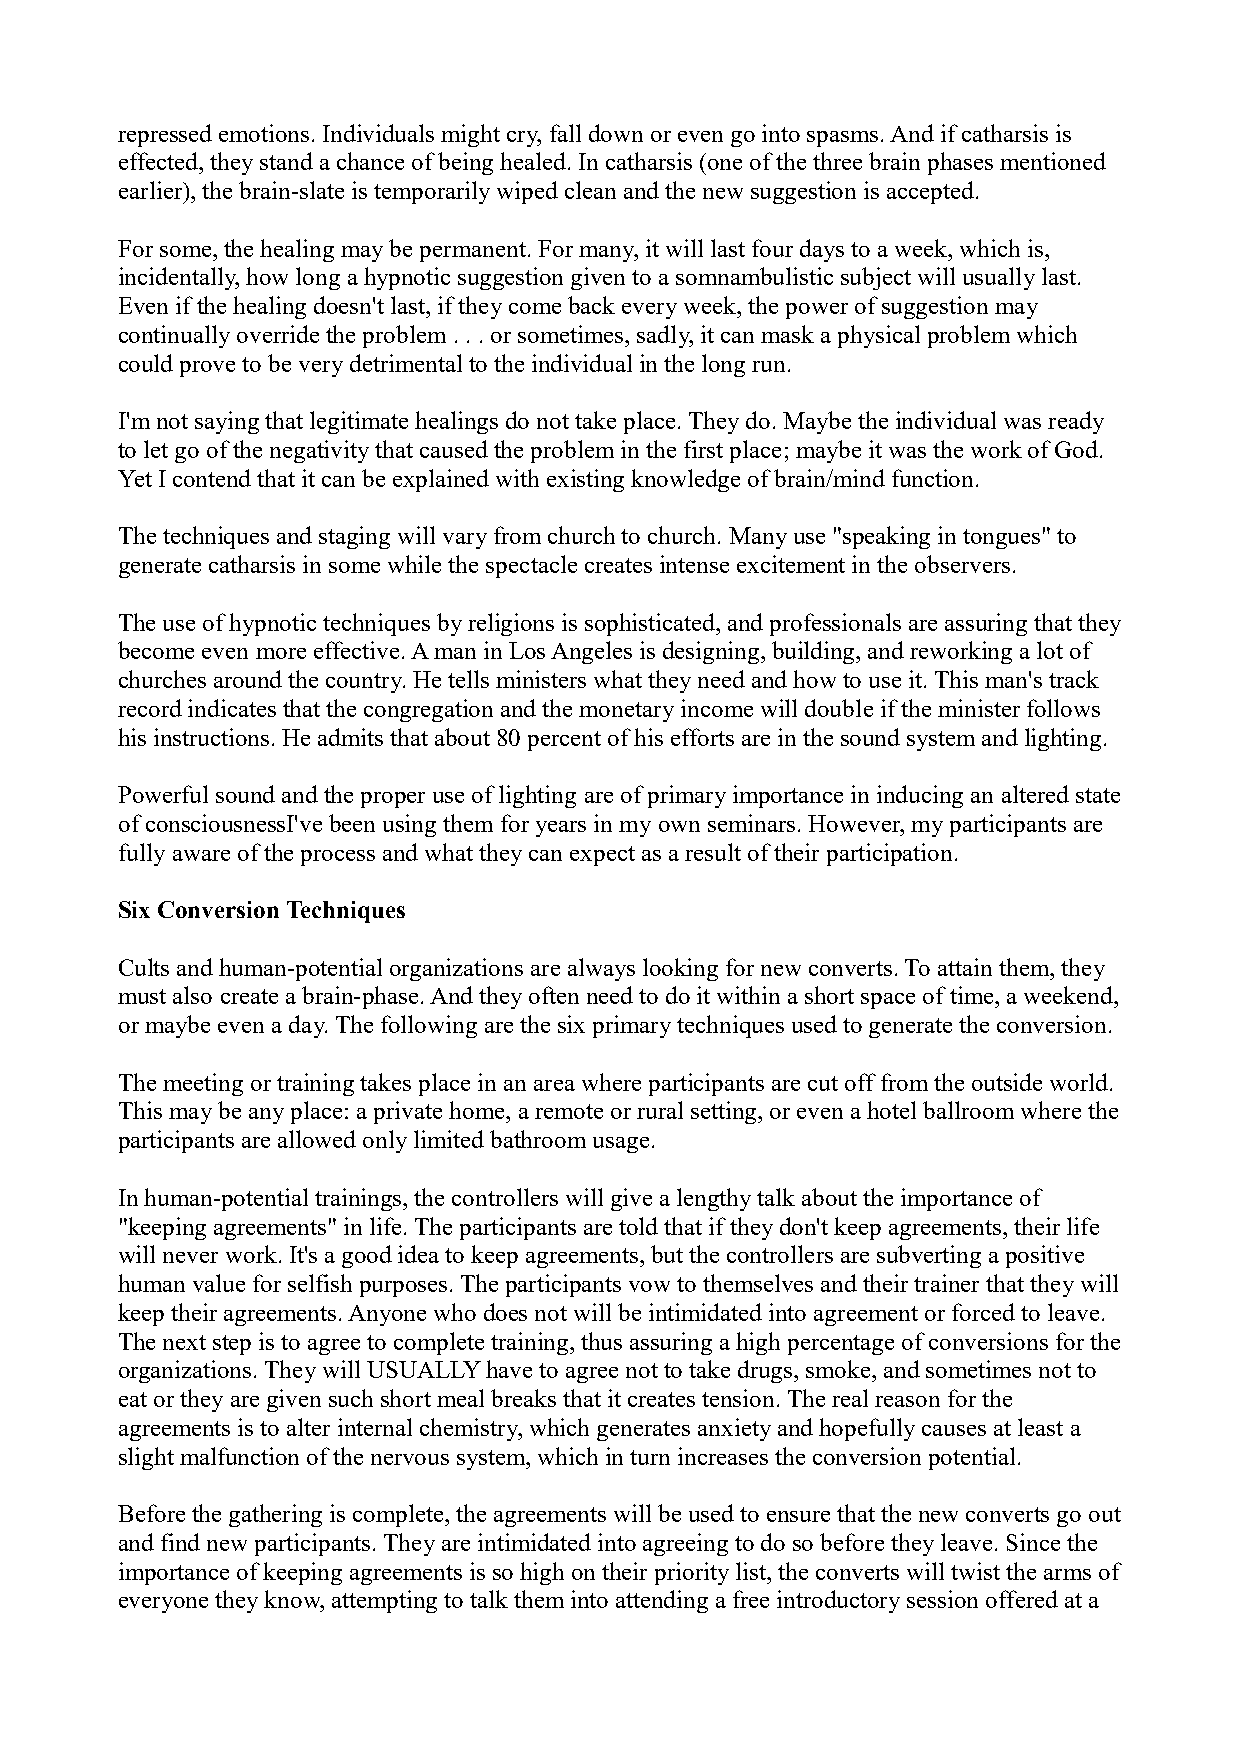
repressed emotions. Individuals might cry, fall down or even go into spasms. And if catharsis is
 effected, they stand a chance of being healed. In catharsis (one of the three brain phases mentioned
 earlier), the brain-slate is temporarily wiped clean and the new suggestion is accepted.
 For some, the healing may be permanent. For many, it will last four days to a week, which is,
 incidentally, how long a hypnotic suggestion given to a somnambulistic subject will usually last.
 Even if the healing doesn't last, if they come back every week, the power of suggestion may
 continually override the problem . . . or sometimes, sadly, it can mask a physical problem which
 could prove to be very detrimental to the individual in the long run.
 I'm not saying that legitimate healings do not take place. They do. Maybe the individual was ready
 to let go of the negativity that caused the problem in the first place; maybe it was the work of God.
 Yet I contend that it can be explained with existing knowledge of brain/mind function.
 The techniques and staging will vary from church to church. Many use "speaking in tongues" to
 generate catharsis in some while the spectacle creates intense excitement in the observers.
 The use of hypnotic techniques by religions is sophisticated, and professionals are assuring that they
 become even more effective. A man in Los Angeles is designing, building, and reworking a lot of
 churches around the country. He tells ministers what they need and how to use it. This man's track
 record indicates that the congregation and the monetary income will double if the minister follows
 his instructions. He admits that about 80 percent of his efforts are in the sound system and lighting.
 Powerful sound and the proper use of lighting are of primary importance in inducing an altered state
 of consciousnessI've been using them for years in my own seminars. However, my participants are
 fully aware of the process and what they can expect as a result of their participation.
 Six Conversion Techniques
 Cults and human-potential organizations are always looking for new converts. To attain them, they
 must also create a brain-phase. And they often need to do it within a short space of time, a weekend,
 or maybe even a day. The following are the six primary techniques used to generate the conversion.
 The meeting or training takes place in an area where participants are cut off from the outside world.
 This may be any place: a private home, a remote or rural setting, or even a hotel ballroom where the
 participants are allowed only limited bathroom usage.
 In human-potential trainings, the controllers will give a lengthy talk about the importance of
 "keeping agreements" in life. The participants are told that if they don't keep agreements, their life
 will never work. It's a good idea to keep agreements, but the controllers are subverting a positive
 human value for selfish purposes. The participants vow to themselves and their trainer that they will
 keep their agreements. Anyone who does not will be intimidated into agreement or forced to leave.
 The next step is to agree to complete training, thus assuring a high percentage of conversions for the
 organizations. They will USUALLY have to agree not to take drugs, smoke, and sometimes not to
 eat or they are given such short meal breaks that it creates tension. The real reason for the
 agreements is to alter internal chemistry, which generates anxiety and hopefully causes at least a
 slight malfunction of the nervous system, which in turn increases the conversion potential.
 Before the gathering is complete, the agreements will be used to ensure that the new converts go out
 and find new participants. They are intimidated into agreeing to do so before they leave. Since the
 importance of keeping agreements is so high on their priority list, the converts will twist the arms of
 everyone they know, attempting to talk them into attending a free introductory session offered at a